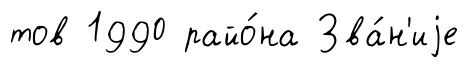
тов 1990 райо́на Зва́н'иjе